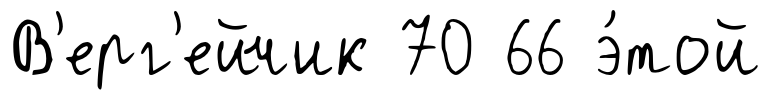
В'ерг'ейчик 70 66 э́той